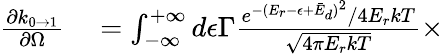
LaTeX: \begin{array}{rl}{\frac{\partial k_{0\rightarrow 1}}{\partial\Omega}}&{{}=\int_{-\infty}^{+\infty}d\epsilon\Gamma\frac{e^{-(E_{r}-\epsilon+\bar{E}_{d})^{2}}/4E_{r}kT}{\sqrt{4\pi E_{r}kT}}\times}\end{array}